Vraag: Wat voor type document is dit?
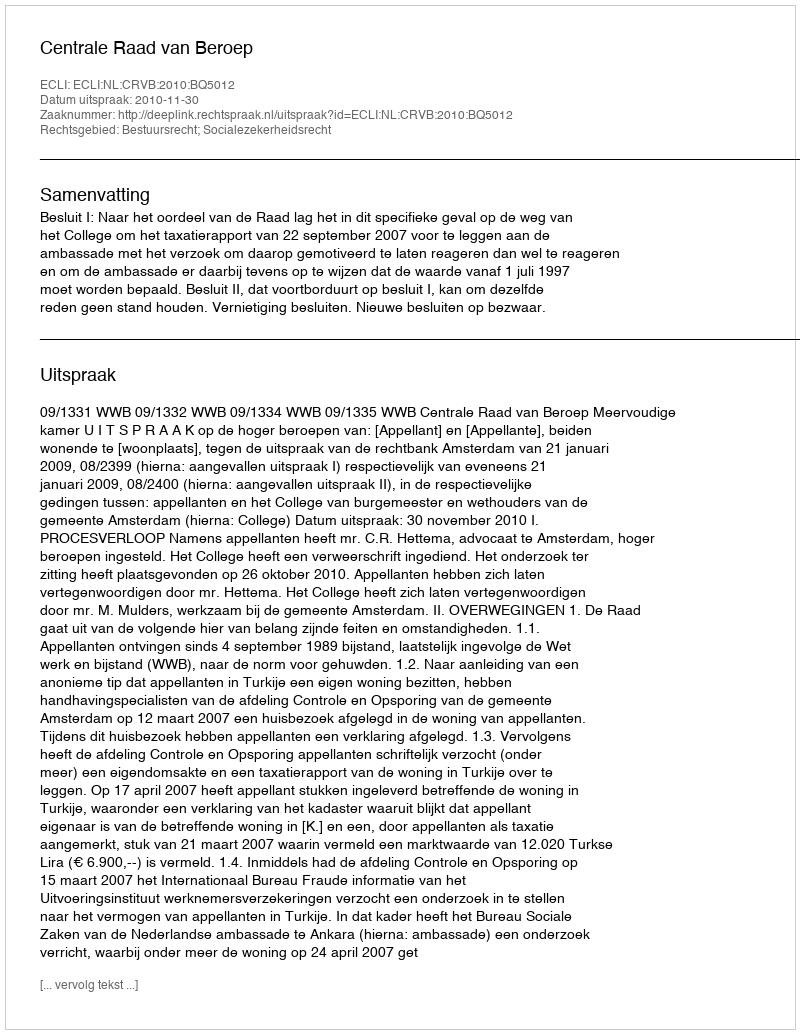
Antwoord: Uitspraak